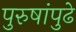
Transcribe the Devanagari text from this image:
पुरुषांपुढे